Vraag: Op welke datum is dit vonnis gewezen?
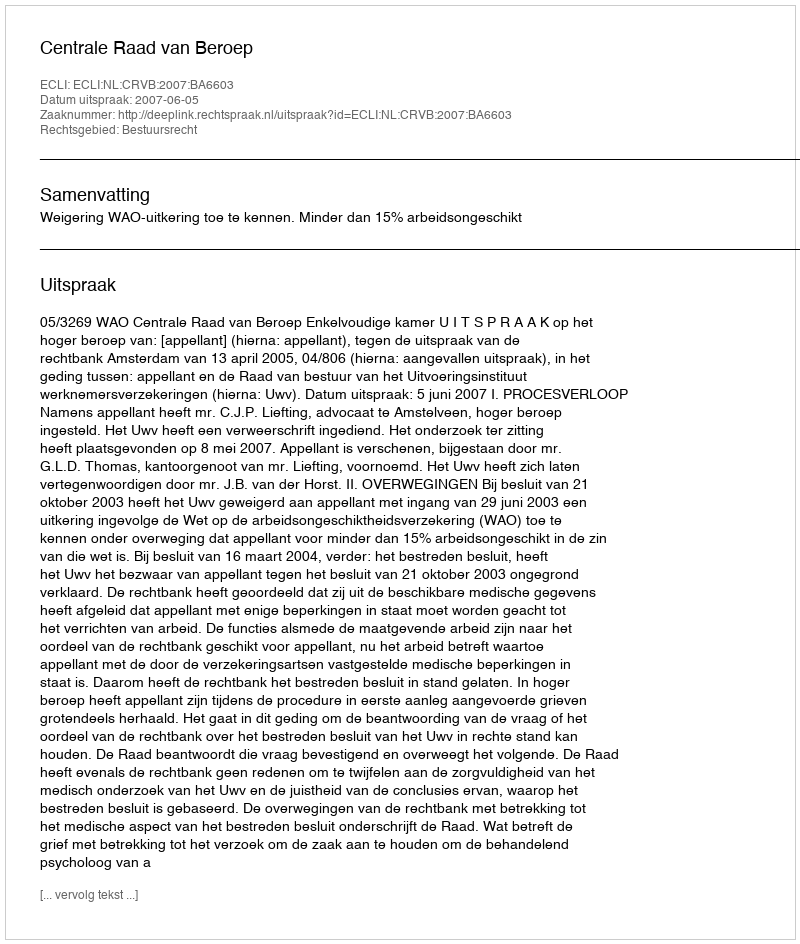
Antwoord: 2007-06-05